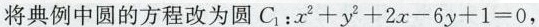
将典例中圆的方程改为圆C_{1}：$$x^{2}+y{2}+2x-6y+1=0$$，